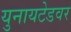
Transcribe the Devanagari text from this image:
युनायटेडवर